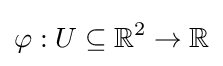
\varphi :U\subseteq \mathbb {R} ^{2}\to \mathbb {R}